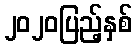
၂၀၂၀ပြည့်နှစ်